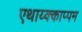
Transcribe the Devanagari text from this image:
एथाय्क्काप्पम